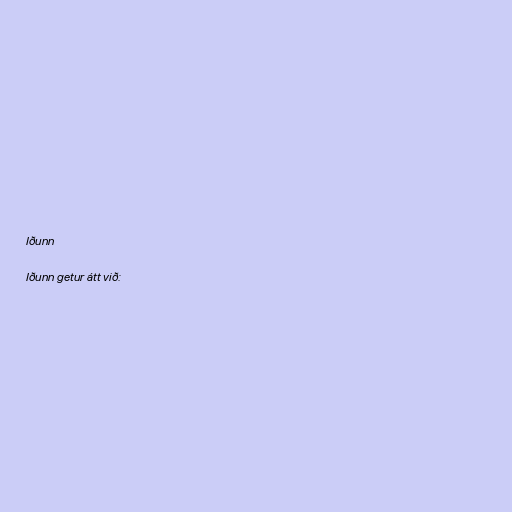
Iðunn

Iðunn getur átt við: